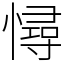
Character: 憳